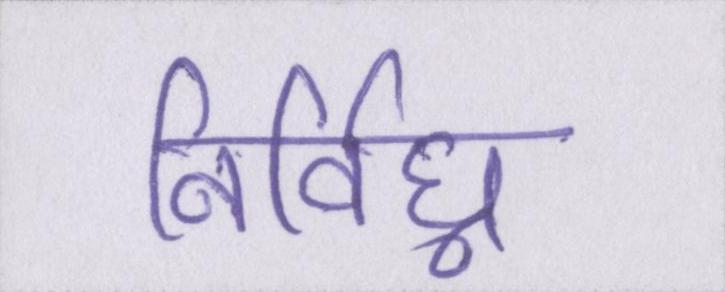
निर्विघ्न